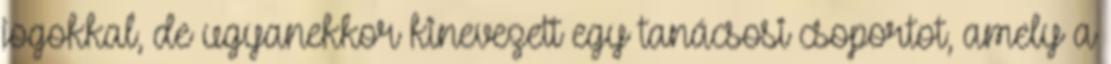
jogokkal, de ugyanekkor kinevezett egy tanácsosi csoportot, amely a